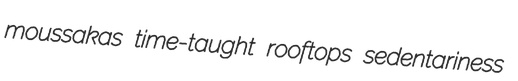
moussakas time-taught rooftops sedentariness